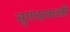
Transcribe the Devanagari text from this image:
सुगंधावल्ली